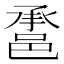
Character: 𨛾